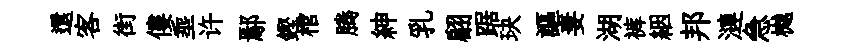
還客街僂埀许鄢鏗棺腾紳乳翩踞玦謳妻湖裤絪邦漣急樾